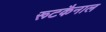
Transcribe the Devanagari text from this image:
रूटकैनाल